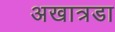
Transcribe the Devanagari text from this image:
अखात्रडा